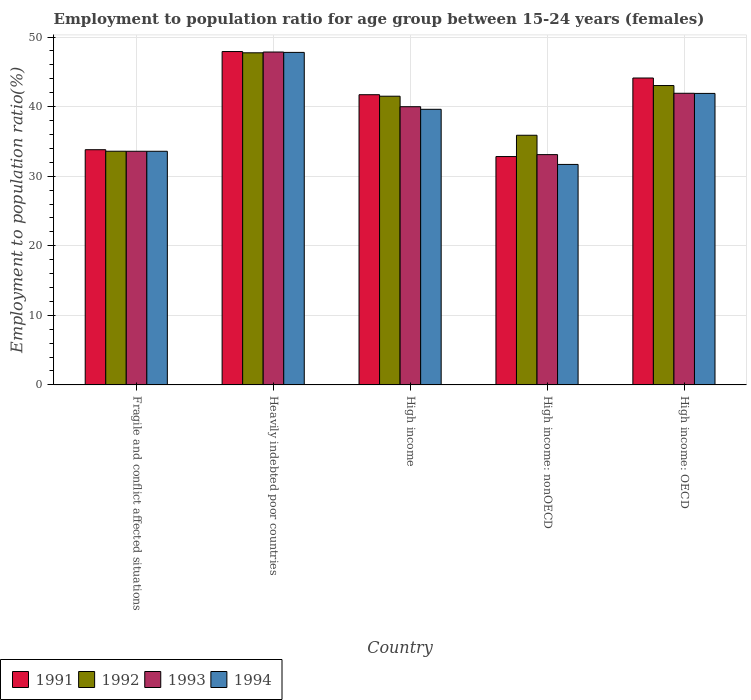
| Country | 1991 | 1992 | 1993 | 1994 |
 | --- | --- | --- | --- | --- |
 | Fragile and conflict affected situations | 33.8 | 33.6 | 33.6 | 33.6 |
 | Heavily indebted poor countries | 47.9 | 47.7 | 47.9 | 47.8 |
 | High income | 41.7 | 41.5 | 40 | 39.6 |
 | High income: nonOECD | 32.8 | 35.9 | 33.1 | 31.7 |
 | High income: OECD | 44.1 | 43 | 41.9 | 41.9 |